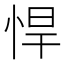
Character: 悍